Madras plague regulations in force outside the Presidency town - Volume 2
Disease focus: Plague
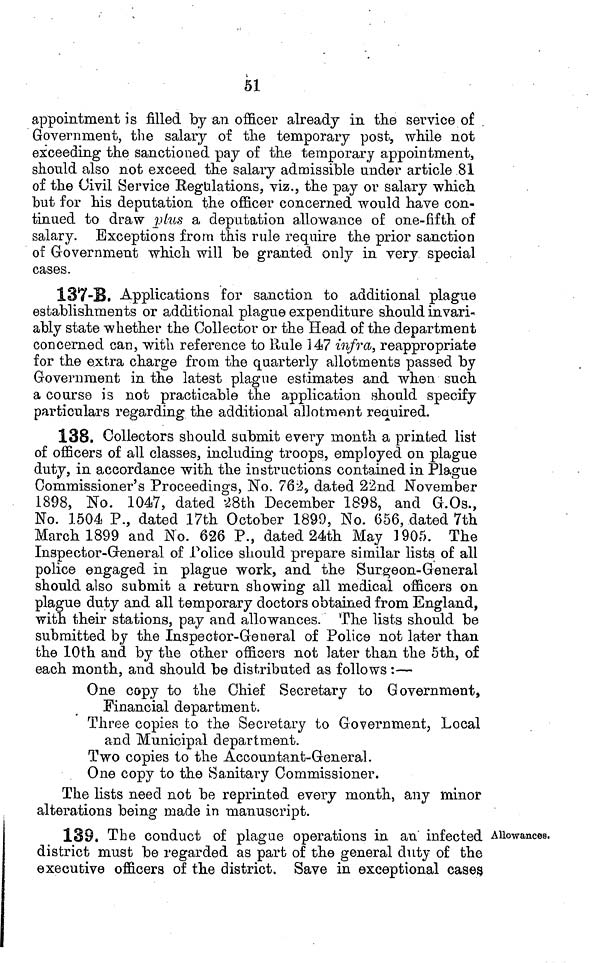
61
appointment is filled by an officer already in the service of
Government, the salary of the temporary post, while not
exceeding the sanctioned pay of the temporary appointment,
should also not exceed the salary admissible under article 81
of the Civil Service Regulations, viz;., the pay or salary which
but for his deputation the officer concerned would have con-
tinued to draw plus a deputation allowance of one-fifth of
salary. Exceptions from this rule require the prior sanction
of Government which will be granted only in very special
cases.
137-B. Applications for sanction to additional plague
establishments or additional plague expenditure should invari-
ably state whether the Collector or the Head of the department
concerned can, with reference to Rule 147 infra, reappropriate
for the extra charge from the quarterly allotments passed by
Government in the latest plague estimates and when such
a course is not practicable the application should specify
particulars regarding the additional allotment required.
138. Collectors should submit every month a printed list
of officers of all classes, including troops, employed on plague
duty, in accordance with the instructions contained in Plague
Commissioner's Proceedings, No. 762-z dated 22nd November
1898, No. 1047, dated 28th December 1898, and G.Os.,
No. 1504 P., dated 17th October 1899, No. 656, dated 7th
March 1899 and No. 626 P., dated 24th May 1905. The
Inspector-General of Police should prepare similar lists of all
police engaged in plague work, and the Surgeon-General
should also submit a return showing all medical officers on
plague duty and all temporary doctors obtained from England,
with their stations, pay and allowances. The lists should be
submitted by the Inspector-General of Police not later than
the 10th and by the other officers not later than the 5th, of
each month, and should be distributed as follows :—
One copy to the Chief Secretary to Government,
Financial department.
Three copien to the Secretary to Government, Local
and Municipal department.
Two copies to the Accountant-General.
One copy to the Sanitary Commissioner.
The lists need not be reprinted every month, any minor
alterations being made in manuscript.
Allowances.
139. The conduct of plague operations in an infected
district must be regarded as part of the general duty of the
executive officers of the district. Save in exceptional cases